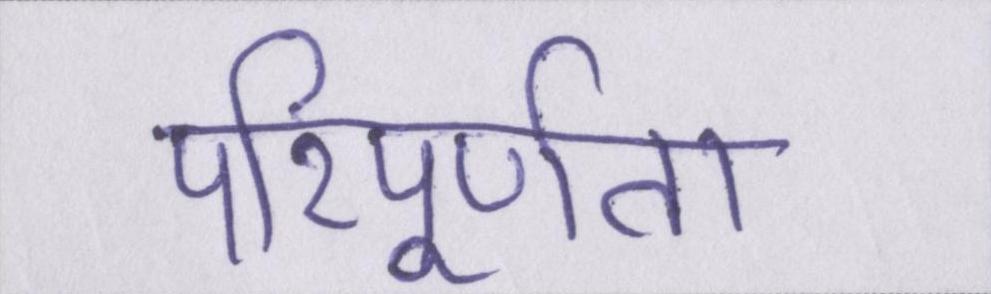
परिपूर्णता